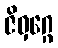
ဇိဝှဂ္ဂေ